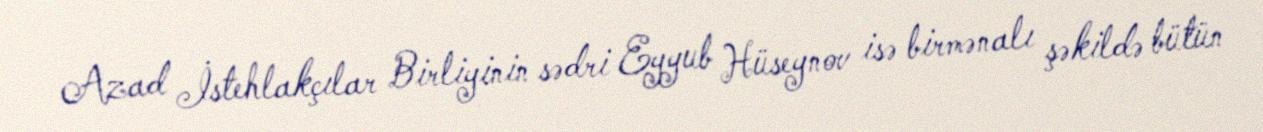
Azad İstehlakçılar Birliyinin sədri Eyyub Hüseynov isə birmənalı şəkildə bütün